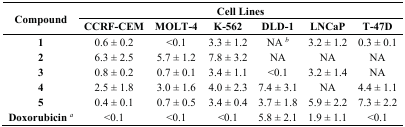
<table><thead><tr><td rowspan="2"><b>Compound</b></td><td colspan="6"><b>Cell Lines</b></td></tr><tr><td><b>CCRF-CEM</b></td><td><b>MOLT-4</b></td><td><b>K-562</b></td><td><b>DLD-1</b></td><td><b>LNCaP</b></td><td><b>T-47D</b></td></tr></thead><tbody><tr><td><b>1</b></td><td>0.6 ± 0.2</td><td>&lt;0.1</td><td>3.3 ± 1.2</td><td>NA <sup>b</sup></td><td>3.2 ± 1.2</td><td>0.3 ± 0.1</td></tr><tr><td><b>2</b></td><td>6.3 ± 2.5</td><td>5.7 ± 1.2</td><td>7.8 ± 3.2</td><td>NA</td><td>NA</td><td>NA</td></tr><tr><td><b>3</b></td><td>0.8 ± 0.2</td><td>0.7 ± 0.1</td><td>3.4 ± 1.1</td><td>&lt;0.1</td><td>3.2 ± 1.4</td><td>NA</td></tr><tr><td><b>4</b></td><td>2.5 ± 1.8</td><td>3.0 ± 1.6</td><td>4.0 ± 2.3</td><td>7.4 ± 3.1</td><td>NA</td><td>4.4 ± 1.1</td></tr><tr><td><b>5</b></td><td>0.4 ± 0.1</td><td>0.7 ± 0.5</td><td>3.4 ± 0.4</td><td>3.7 ± 1.8</td><td>5.9 ± 2.2</td><td>7.3 ± 2.2</td></tr><tr><td><b>Doxorubicin</b><sup>a</sup></td><td>&lt;0.1</td><td>&lt;0.1</td><td>&lt;0.1</td><td>5.8 ± 2.1</td><td>1.9 ± 1.1</td><td>&lt;0.1</td></tr></tbody></table>